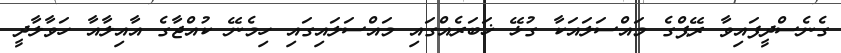
ގެނެސްދީފައިވާ ރޭޕްގެ މައްސަލައަކާ ގުޅޭ ޚަބަރެއްގައި މައްސަލައިގައި ހިމެނޭ ކުއްޖާގެ އާއިލާއާ ހަވާލާދީ